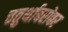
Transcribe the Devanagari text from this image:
चतुर्थाबरोबर